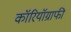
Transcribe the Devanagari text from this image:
कॉरियॉग्राफी